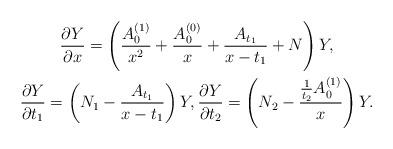
LaTeX: \begin{gather*}\frac{\partial Y}{\partial x}=\left( \frac{A_0^{(1)}}{x^2}+\frac{A_0^{(0)}}{x}+\frac{A_{t_1}}{x-t_1}+N \right)Y ,\\\frac{\partial Y}{\partial t_1}=\left( N_1-\frac{A_{t_1}}{x-t_1} \right)Y ,\frac{\partial Y}{\partial t_2}=\left( N_2-\frac{\frac{1}{t_2}A_0^{(1)}}{x} \right)Y .\end{gather*}